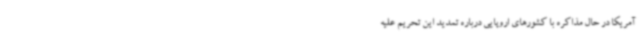
آمریکا در حال مذاکره با کشورهای اروپایی درباره تمدید این تحریم علیه